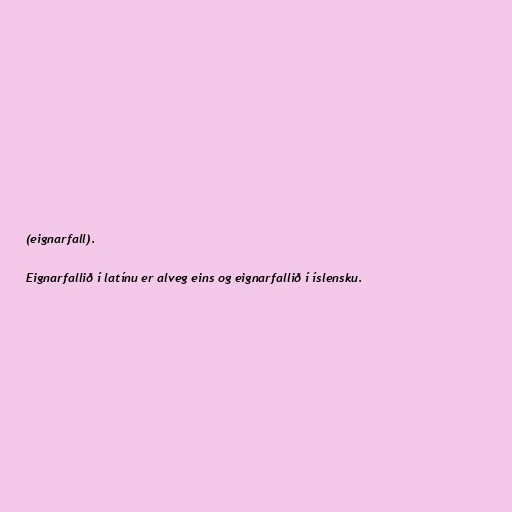
(eignarfall).

Eignarfallið í latínu er alveg eins og eignarfallið í íslensku.